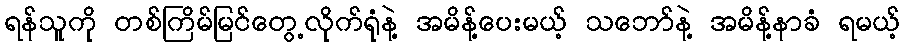
ရန်သူကို တစ်ကြိမ်မြင်တွေ့လိုက်ရုံနဲ့ အမိန့်ပေးမယ့် သဘော်နဲ့ အမိန့်နာခံ ရမယ့်